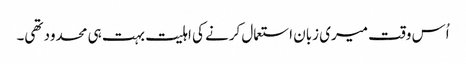
اُس وقت میری زبان استعمال کرنے کی اہلیت بہت ہی محدود تھی۔